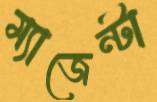
ম্যাজেন্টা